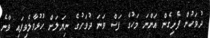
ދުވަހުން ފެށިގެން އަންނަ މަހުގެ ފަސް ވަނަ ދުވަހުގެ ނިޔަލަށް ހުޅުވާލެވިފައި ވާނެ